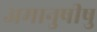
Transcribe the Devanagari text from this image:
अमानुषीषु